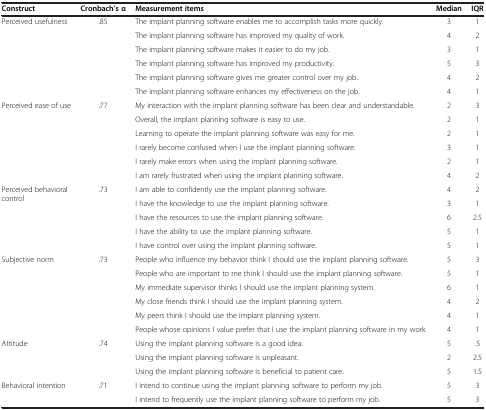
| Construct | Cronbach’s α | Measurement items | Median | IQR |
 | --- | --- | --- | --- | --- |
 | <ROWSPAN=6> Perceived usefulness | <ROWSPAN=6> .85 | The implant planning software enables me to accomplish tasks more quickly. | 3 | 1 |
 | The implant planning software has improved my quality of work. | 4 | 2 |
 | The implant planning software makes it easier to do my job. | 3 | 1 |
 | The implant planning software has improved my productivity. | 5 | 3 |
 | The implant planning software gives me greater control over my job. | 4 | 2 |
 | The implant planning software enhances my effectiveness on the job. | 4 | 1 |
 | <ROWSPAN=6> Perceived ease of use | <ROWSPAN=6> .77 | My interaction with the implant planning software has been clear and understandable. | 2 | 3 |
 | Overall, the implant planning software is easy to use. | 2 | 1 |
 | Learning to operate the implant planning software was easy for me. | 2 | 1 |
 | I rarely become confused when I use the implant planning software. | 3 | 1 |
 | I rarely make errors when using the implant planning software. | 2 | 1 |
 | I am rarely frustrated when using the implant planning software. | 4 | 2 |
 | <ROWSPAN=5> Perceived behavioral control | <ROWSPAN=5> .73 | I am able to confidently use the implant planning software. | 4 | 2 |
 | I have the knowledge to use the implant planning software. | 3 | 1 |
 | I have the resources to use the implant planning software. | 6 | 2.5 |
 | I have the ability to use the implant planning software. | 5 | 1 |
 | I have control over using the implant planning software. | 5 | 1 |
 | <ROWSPAN=6> Subjective norm | <ROWSPAN=6> .73 | People who influence my behavior think I should use the implant planning software. | 5 | 3 |
 | People who are important to me think I should use the implant planning software. | 5 | 1 |
 | My immediate supervisor thinks I should use the implant planning system. | 6 | 1 |
 | My close friends think I should use the implant planning system. | 4 | 2 |
 | My peers think I should use the implant planning system. | 4 | 1 |
 | People whose opinions I value prefer that I use the implant planning software in my work. | 4 | 1 |
 | <ROWSPAN=3> Attitude | <ROWSPAN=3> .74 | Using the implant planning software is a good idea. | 5 | .5 |
 | Using the implant planning software is unpleasant. | 2 | 2.5 |
 | Using the implant planning software is beneficial to patient care. | 5 | 1.5 |
 | <ROWSPAN=2> Behavioral intention | <ROWSPAN=2> .71 | I intend to continue using the implant planning software to perform my job. | 5 | 3 |
 | I intend to frequently use the implant planning software to perform my job. | 5 | 3 |